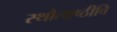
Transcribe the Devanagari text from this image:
स्थौलाष्ठीवि